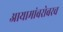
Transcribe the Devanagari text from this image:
आयामांबरोबरच